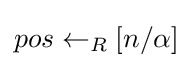
pos\leftarrow _{R}[n/\alpha ]